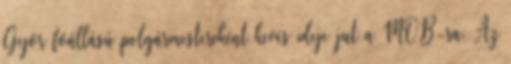
Győr főállású polgármestereként kevés ideje jut a MOB-ra. Az